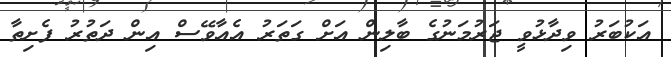
އަކުބަރު ވިދާޅުވީ ޖަރުމަނުގެ ބާލިން އަށް ގަތަރު އެއާވޭސް އިން ދަތުރު ފެށިތާ